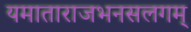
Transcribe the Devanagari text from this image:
यमाताराजभनसलगम्